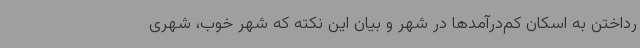
رداختن به اسکان کم‌درآمدها در شهر و بیان این نکته که شهر خوب، شهری